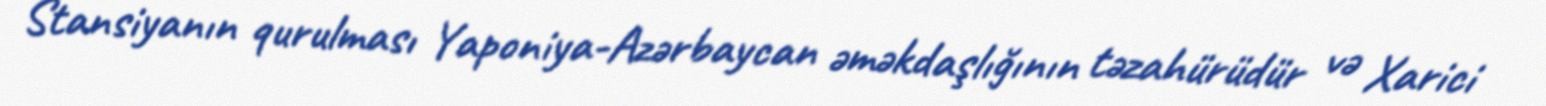
Stansiyanın qurulması Yaponiya-Azərbaycan əməkdaşlığının təzahürüdür və Xarici